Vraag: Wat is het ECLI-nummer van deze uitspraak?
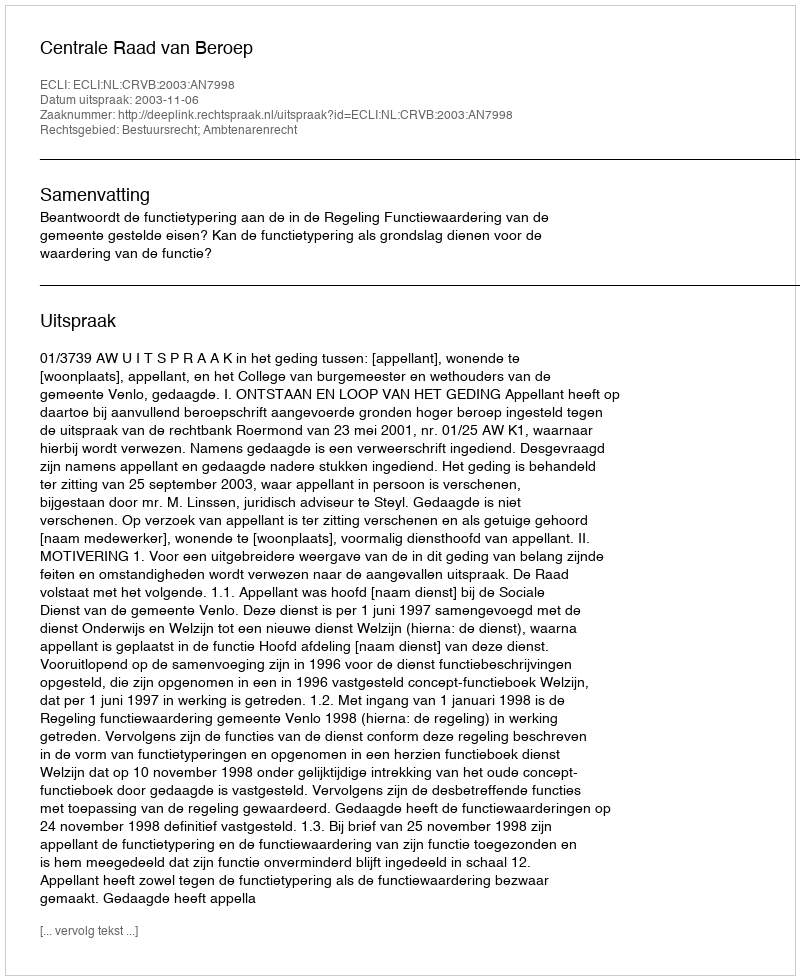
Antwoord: ECLI:NL:CRVB:2003:AN7998